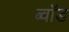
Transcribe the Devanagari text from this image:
ब्वॉड